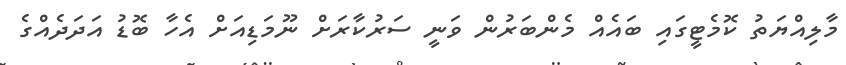
މާލިއްޔަތު ކޮމެޓީގައި ބައެއް މެންބަރުން ވަނީ ސަރުކާރަށް ނޫމަޑިއަށް އެހާ ބޮޑު އަދަދެއްގެ